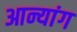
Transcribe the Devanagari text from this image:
आन्यांग